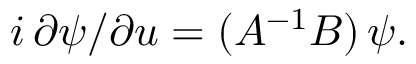
i \, \partial \psi / \partial u = ( A ^ { - 1 } B ) \, \psi .